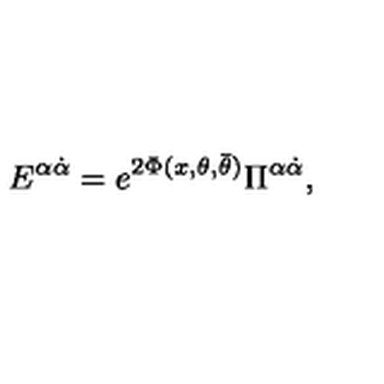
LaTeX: { E } ^ { \alpha \dot { \alpha } } = e ^ { 2 \Phi ( x , \theta , \bar { \theta } ) } \Pi ^ { \alpha \dot { \alpha } } ,